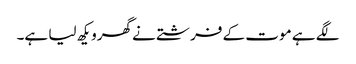
لگے ہے موت کے فرشتے نے گھرویکھ لیا ہے۔